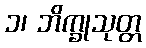
၁၊ ဘိက္ခုသုတ္တ